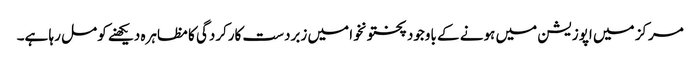
مرکز میں اپوزیشن میں ہونے کے باوجود پختونخوا میں زبردست کارکردگی کا مظاہرہ دیکھنے کو مل رہا ہے۔